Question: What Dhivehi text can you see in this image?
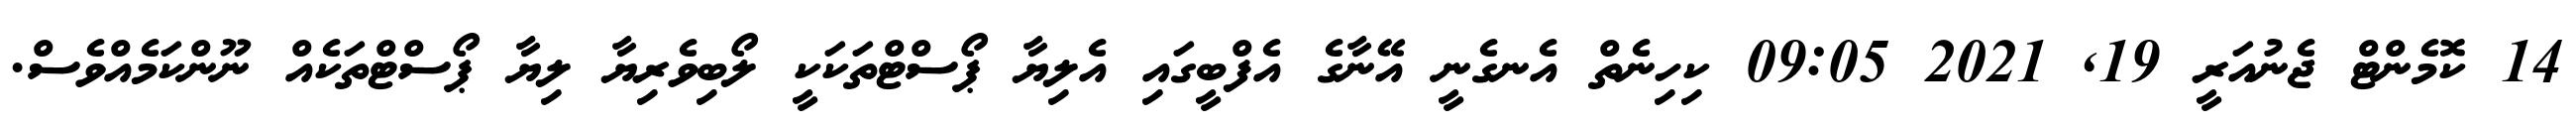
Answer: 14 ކޮމެންޓް ޖެނުއަރީ 19, 2021 09:05 ކިހިނެތް އެނގެނީ އޭނާގެ އެފްބީގައި އެލިޔާ ޕޯސްޓްތަކަކީ ލޯބިވެރިޔާ ލިޔާ ޕޯސްޓްތަކެއް ނޫންކަމެއްވެސް.